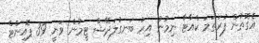
އެގޮތުން ފުރަތަމަ ކްއާޓާ ނިމުނު އިރު ބަނގުލަދޭޝް ޓީމުން ވަނީ 39 ޕޮއިންޓް